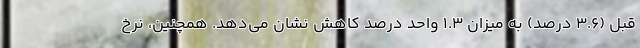
قبل (۳.۶ درصد) به میزان ۱.۳ واحد درصد کاهش نشان می‌دهد. همچنین، نرخ